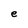
Character: e